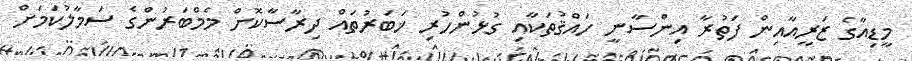
މީޑިއާގެ ޒަރީއާއިން ފަތުރާ އިންސާނީ ހައްޤުތަކާއި ގުޅުންހުރި ޚަބަރުތައް ދިރާސާކޮށް މެމްބަރުންގެ ސަމާލުކަމަށް